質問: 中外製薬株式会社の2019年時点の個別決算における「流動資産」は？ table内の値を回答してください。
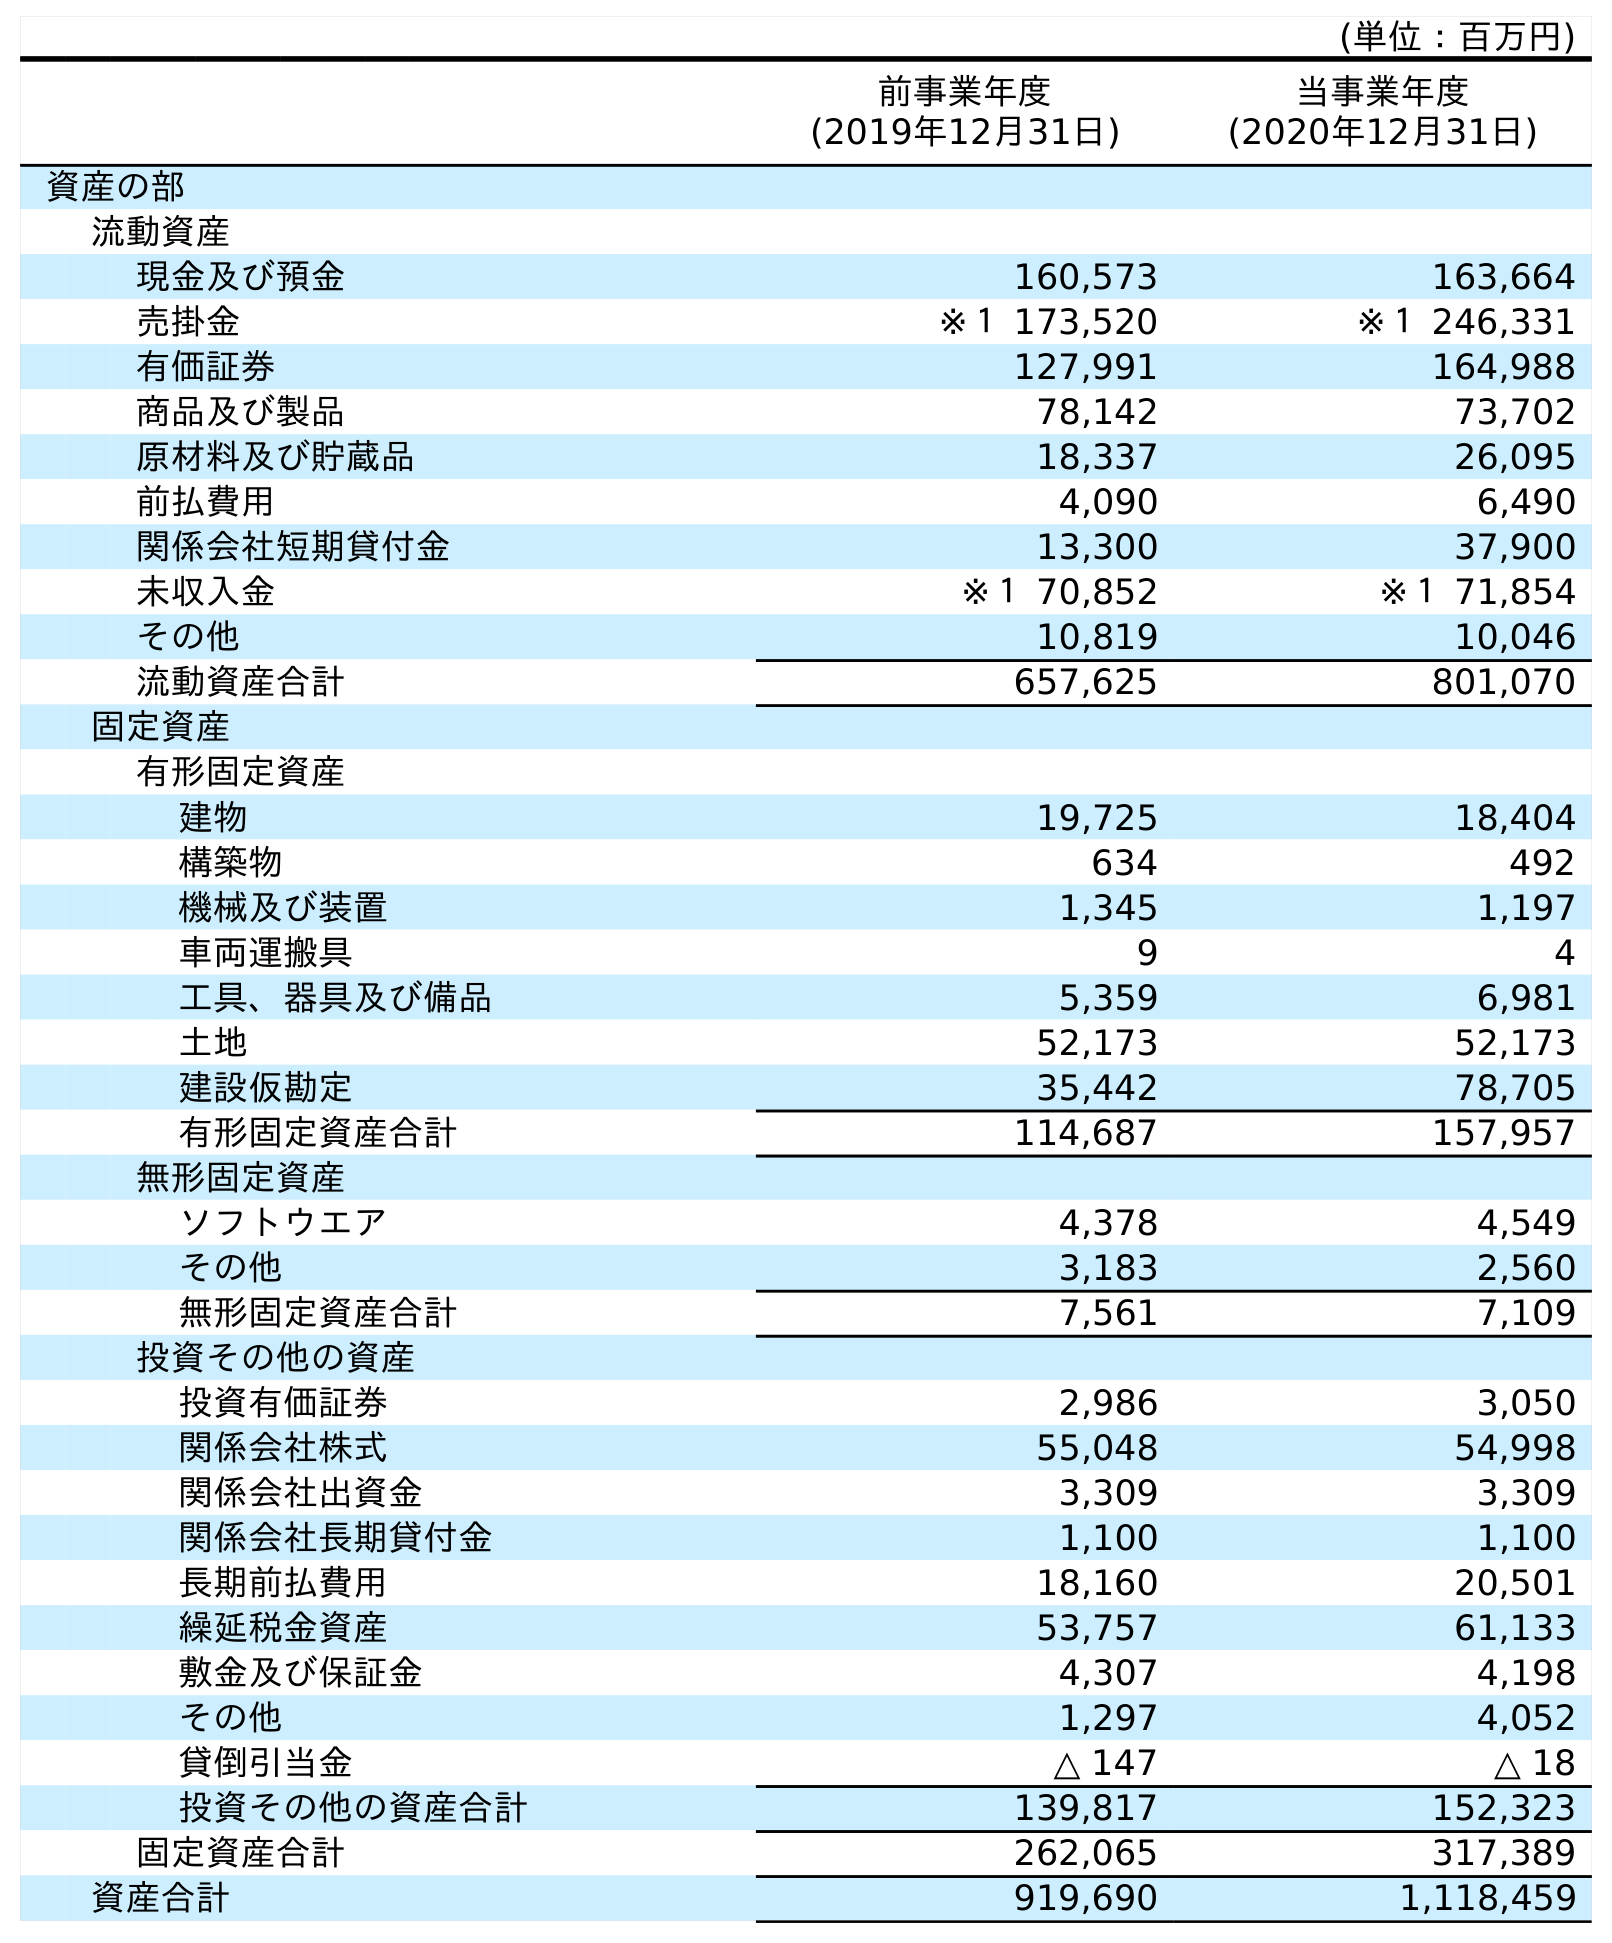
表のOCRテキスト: (単位：百万円) 前事業年度 (2019年12月31日) 当事業年度 (2020年12月31日) 資産の部 流動資産 現金及び預金 160,573 163,664 売掛金 ※１ 173,520 ※１ 246,331 有価証券 127,991 164,988 商品及び製品 78,142 73,702 原材料及び貯蔵品 18,337 26,095 前払費用 4,090 6,490 関係会社短期貸付金 13,300 37,900 未収入金 ※１ 70,852 ※１ 71,854 その他 10,819 10,046 流動資産合計 657,625 801,070 固定資産 有形固定資産 建物 19,725 18,404 構築物 634 492 機械及び装置 1,345 1,197 車両運搬具 9 4 工具、器具及び備品 5,359 6,981 土地 52,173 52,173 建設仮勘定 35,442 78,705 有形固定資産合計 114,687 157,957 無形固定資産 ソフトウエア 4,378 4,549 その他 3,183 2,560 無形固定資産合計 7,561 7,109 投資その他の資産 投資有価証券 2,986 3,050 関係会社株式 55,048 54,998 関係会社出資金 3,309 3,309 関係会社長期貸付金 1,100 1,100 長期前払費用 18,160 20,501 繰延税金資産 53,757 61,133 敷金及び保証金 4,307 4,198 その他 1,297 4,052 貸倒引当金 △ 147 △ 18 投資その他の資産合計 139,817 152,323 固定資産合計 262,065 317,389 資産合計 919,690 1,118,459
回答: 657,625